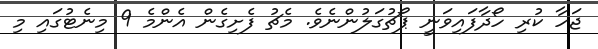
ޖަހާ ކުރި ހޯދާފައިވަނީ ޕޯޗުގަލުންނެވެ. މެޗު ފެށިގެން އެންމެ 9 މިނެޓުގައި މި